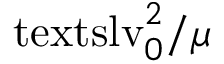
\ensuremath { \mathrm { \ t e x t s l { v } } _ { 0 } } ^ { 2 } / \mu